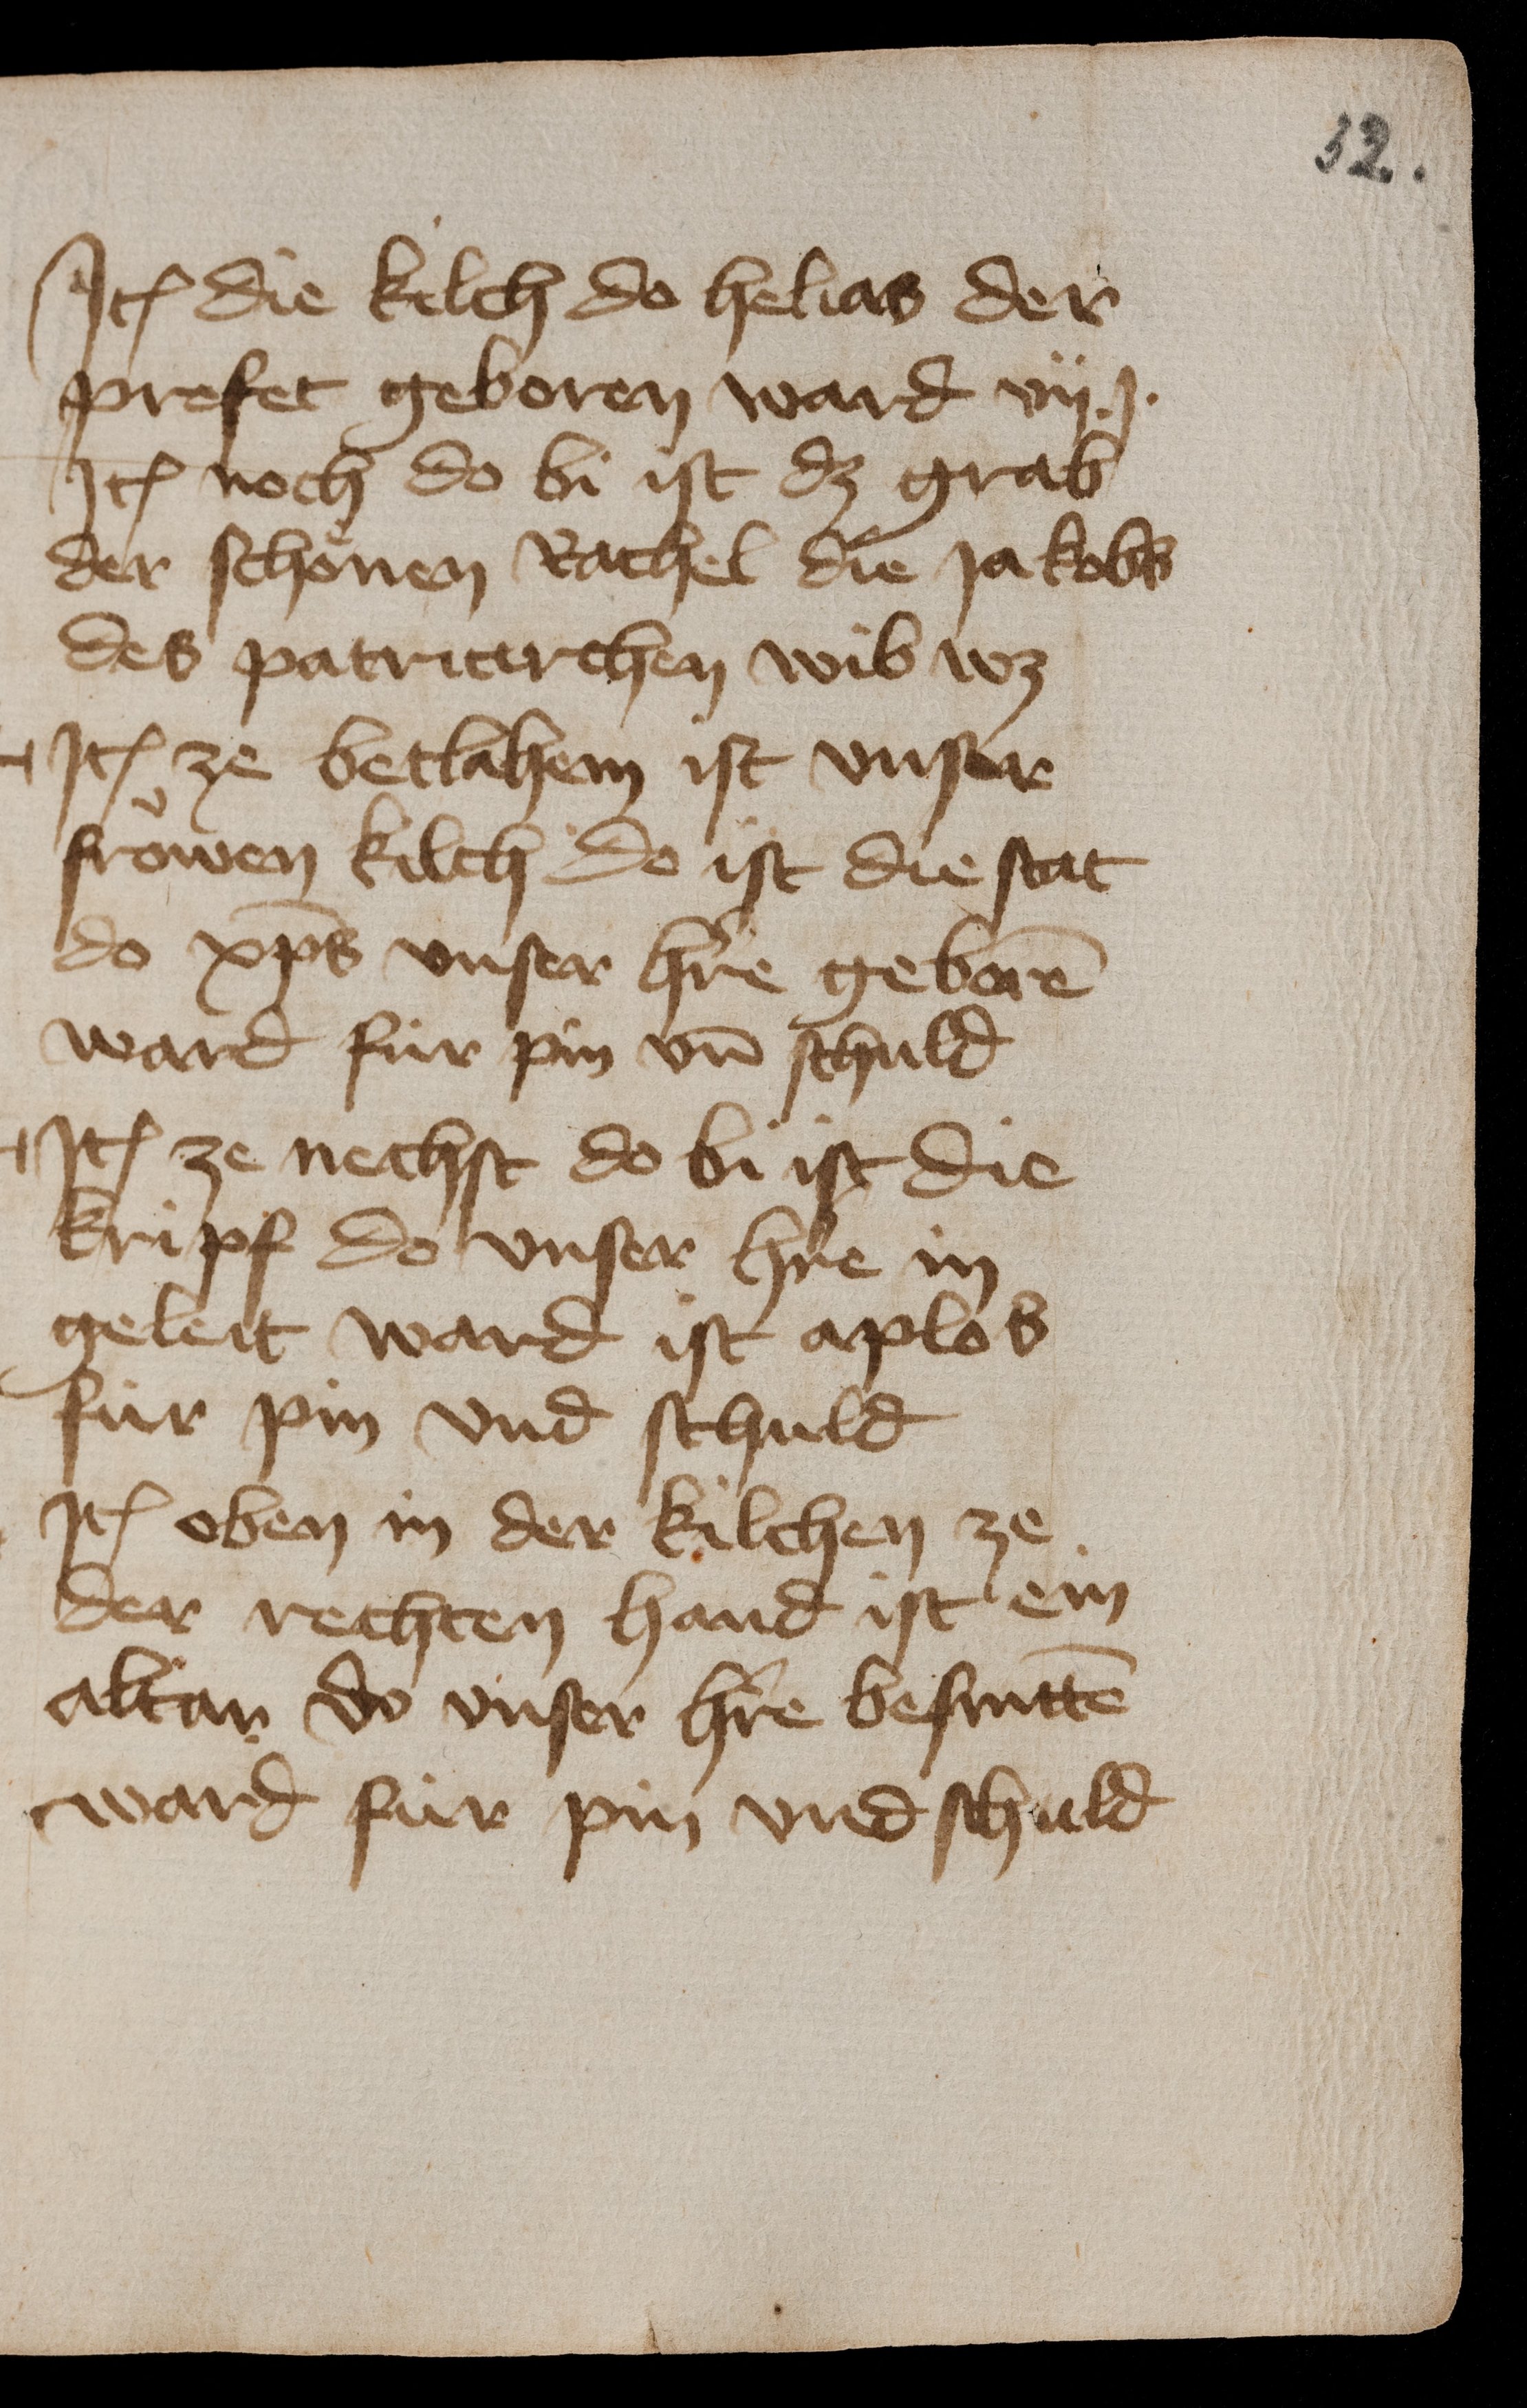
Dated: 1435–1475